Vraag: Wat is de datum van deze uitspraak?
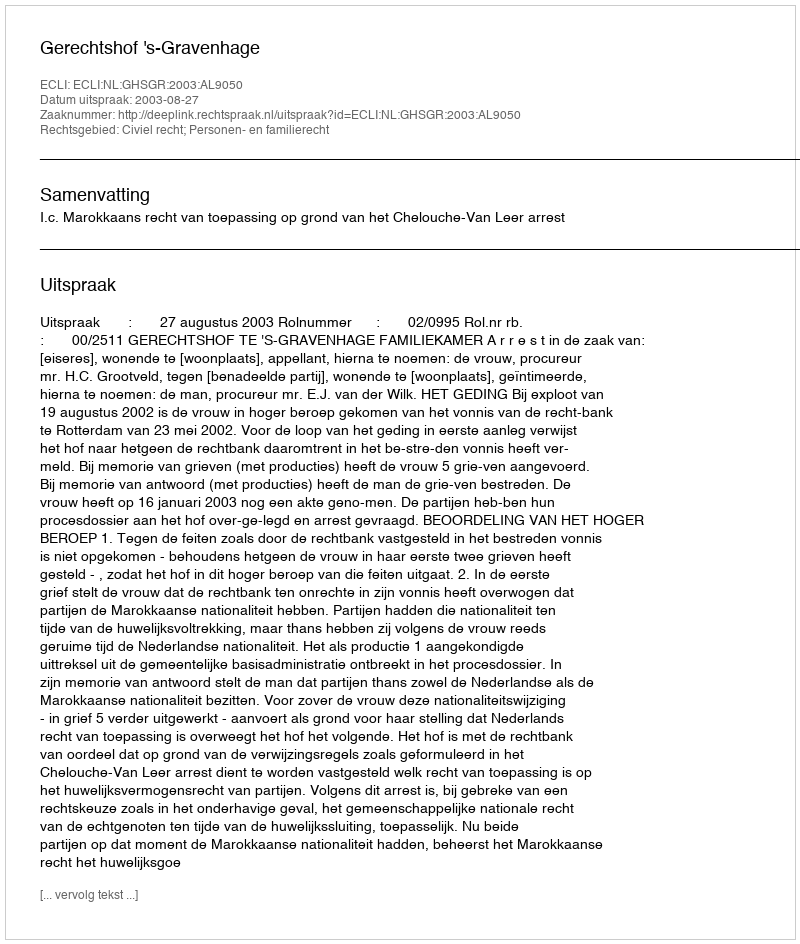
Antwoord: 2003-08-27